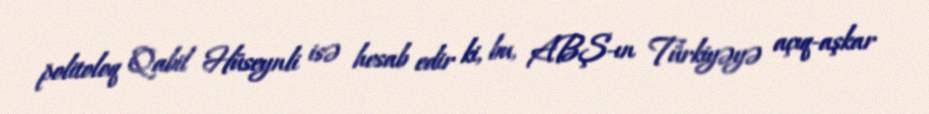
politoloq Qabil Hüseynli isə hesab edir ki, bu, ABŞ-ın Türkiyəyə açıq-aşkar